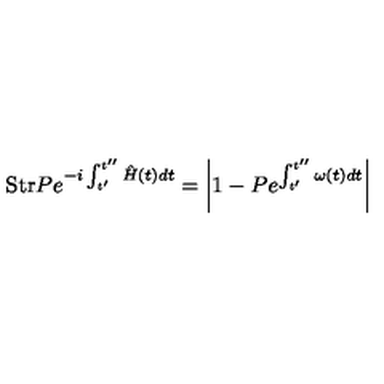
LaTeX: \mathrm { S t r } P e ^ { - i \int _ { t ^ { \prime } } ^ { t ^ { \prime \prime } } \hat { H } ( t ) d t } = \left| 1 - P e ^ { \int _ { t ^ { \prime } } ^ { t ^ { \prime \prime } } \omega ( t ) d t } \right|